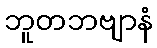
ဘူတဘဗျာနံ